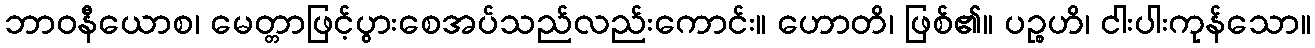
ဘာဝနီယောစ၊ မေတ္တာဖြင့်ပွားစေအပ်သည်လည်းကောင်း။ ဟောတိ၊ ဖြစ်၏။ ပဉ္စဟိ၊ ငါးပါးကုန်သော။